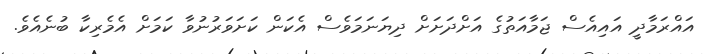
އައްރަމާދީ އައިއެސް ޖަމާއަތުގެ އަށްދަށަށް ދިޔަނަމަވެސް އެކަން ކަށަވަރުނުވާ ކަމަށް އެމެރިކާ ބުނެއެވެ.